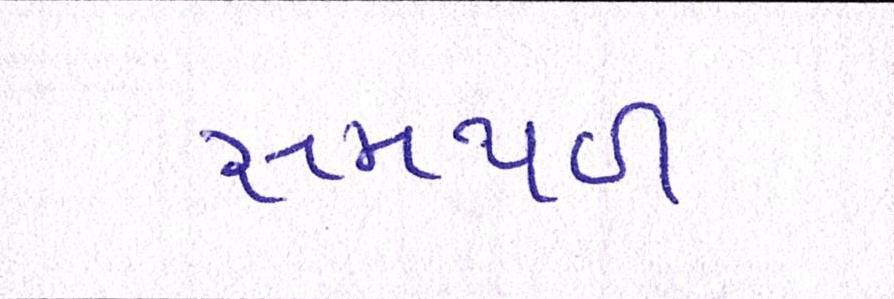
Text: સમથળ